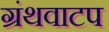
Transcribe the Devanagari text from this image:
ग्रंथवाटप